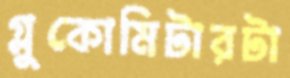
গ্লুকোমিটারটা